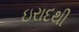
ઇરાદથી